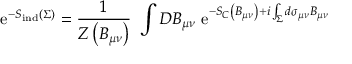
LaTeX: \mathrm { e } ^ { - S _ { \mathrm { i n d } } \left( \Sigma \right) } = { \frac { 1 } { Z \left( B _ { \mu \nu } \right) } } \ \int { \cal D } B _ { \mu \nu } \ \mathrm { e } ^ { - S _ { C } \left( B _ { \mu \nu } \right) + i \int _ { \Sigma } d \sigma _ { \mu \nu } B _ { \mu \nu } }